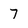
Character: 7